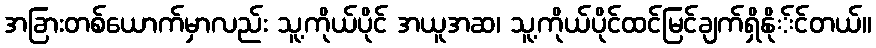
အခြားတစ်ယောက်မှာလည်း သူ့ကိုယ်ပိုင် အယူအဆ၊ သူ့ကိုယ်ပိုင်ထင်မြင်ချက်ရှိနို်င်တယ်။